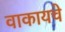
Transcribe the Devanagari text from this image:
वाकायचे